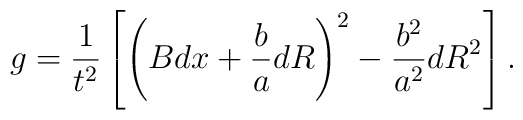
g={1\over t^2}\left[\left(Bdx + {b\over a}dR\right)^2 - {b^2\over a^2}dR^2\right].